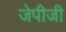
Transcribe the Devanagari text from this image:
जेपीजी